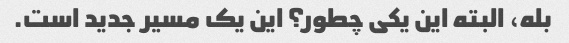
بله، البته این یکی چطور؟ این یک مسیر جدید است.